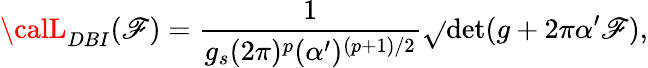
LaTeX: {\calL}_{DBI}(\mathscr{F})=\frac{{1}}{{g_{s}(2\pi)^{p}(\alpha^{\prime})^{(p+1)/2}}}\sqrt{}{{\operatorname*{det}(g+2\pi\alpha^{\prime}\mathscr{F})}},